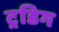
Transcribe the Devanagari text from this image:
ट्रडिग